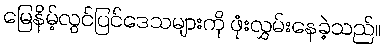
မြေနိမ့်လွင်ပြင်ဒေသများကို ဖုံးလွှမ်းနေခဲ့သည်။